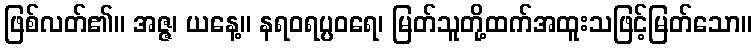
ဖြစ်လတ်၏။ အဇ္ဇ၊ ယနေ့။ နရဝရပ္ပဝရေ၊ မြတ်သူတို့ထက်အထူးသဖြင့်မြတ်သော။